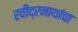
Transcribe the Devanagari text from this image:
रवीद्रनाथांचा